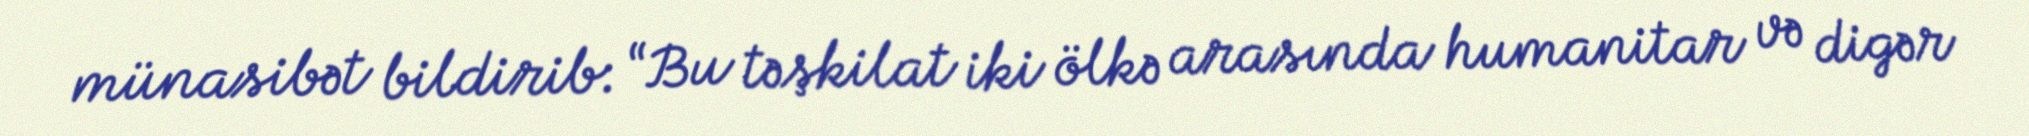
münasibət bildirib: “Bu təşkilat iki ölkə arasında humanitar və digər